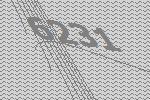
6231